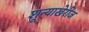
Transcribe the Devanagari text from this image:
शून्याखेरीज